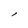
Character: l